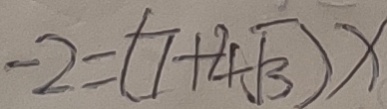
- 2 = ( 7 + 4 \sqrt { 3 } ) x